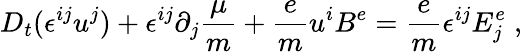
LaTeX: D_{t}(\epsilon^{ij}u^{j})+\epsilon^{ij}\partial_{j}\frac{\mu}{m}+\frac{e}{m}u^{i}B^{e}=\frac{e}{m}\epsilon^{ij}E_{j}^{e}\; ,